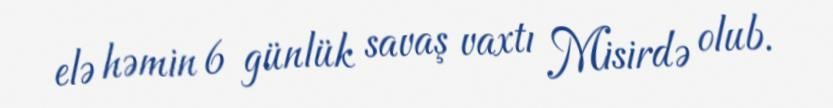
elə həmin 6 günlük savaş vaxtı Misirdə olub.